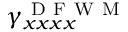
\gamma _ { x x x x } ^ { \mathrm { ~ D ~ F ~ W ~ M ~ } }